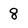
Character: 8